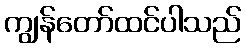
ကျွန်တော်ထင်ပါသည်